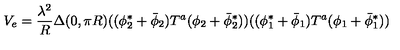
V _ { e } = { \frac { \lambda ^ { 2 } } { R } } \Delta ( 0 , \pi R ) ( ( \phi _ { 2 } ^ { * } + \bar { \phi } _ { 2 } ) T ^ { a } ( \phi _ { 2 } + \bar { \phi } _ { 2 } ^ { * } ) ) ( ( \phi _ { 1 } ^ { * } + \bar { \phi } _ { 1 } ) T ^ { a } ( \phi _ { 1 } + \bar { \phi } _ { 1 } ^ { * } ) )